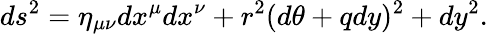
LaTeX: ds^{2}=\eta_{\mu\nu}dx^{\mu}dx^{\nu}+r^{2}(d\theta+qdy)^{2}+dy^{2}.